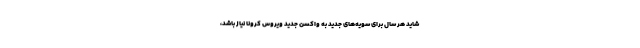
شاید هر سال برای سویه‌های جدید به واکسن جدید ویروس کرونا نیاز باشد،